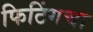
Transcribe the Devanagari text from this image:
फिटिंगचा